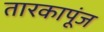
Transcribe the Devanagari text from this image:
तारकापूंज